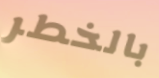
بالخطر